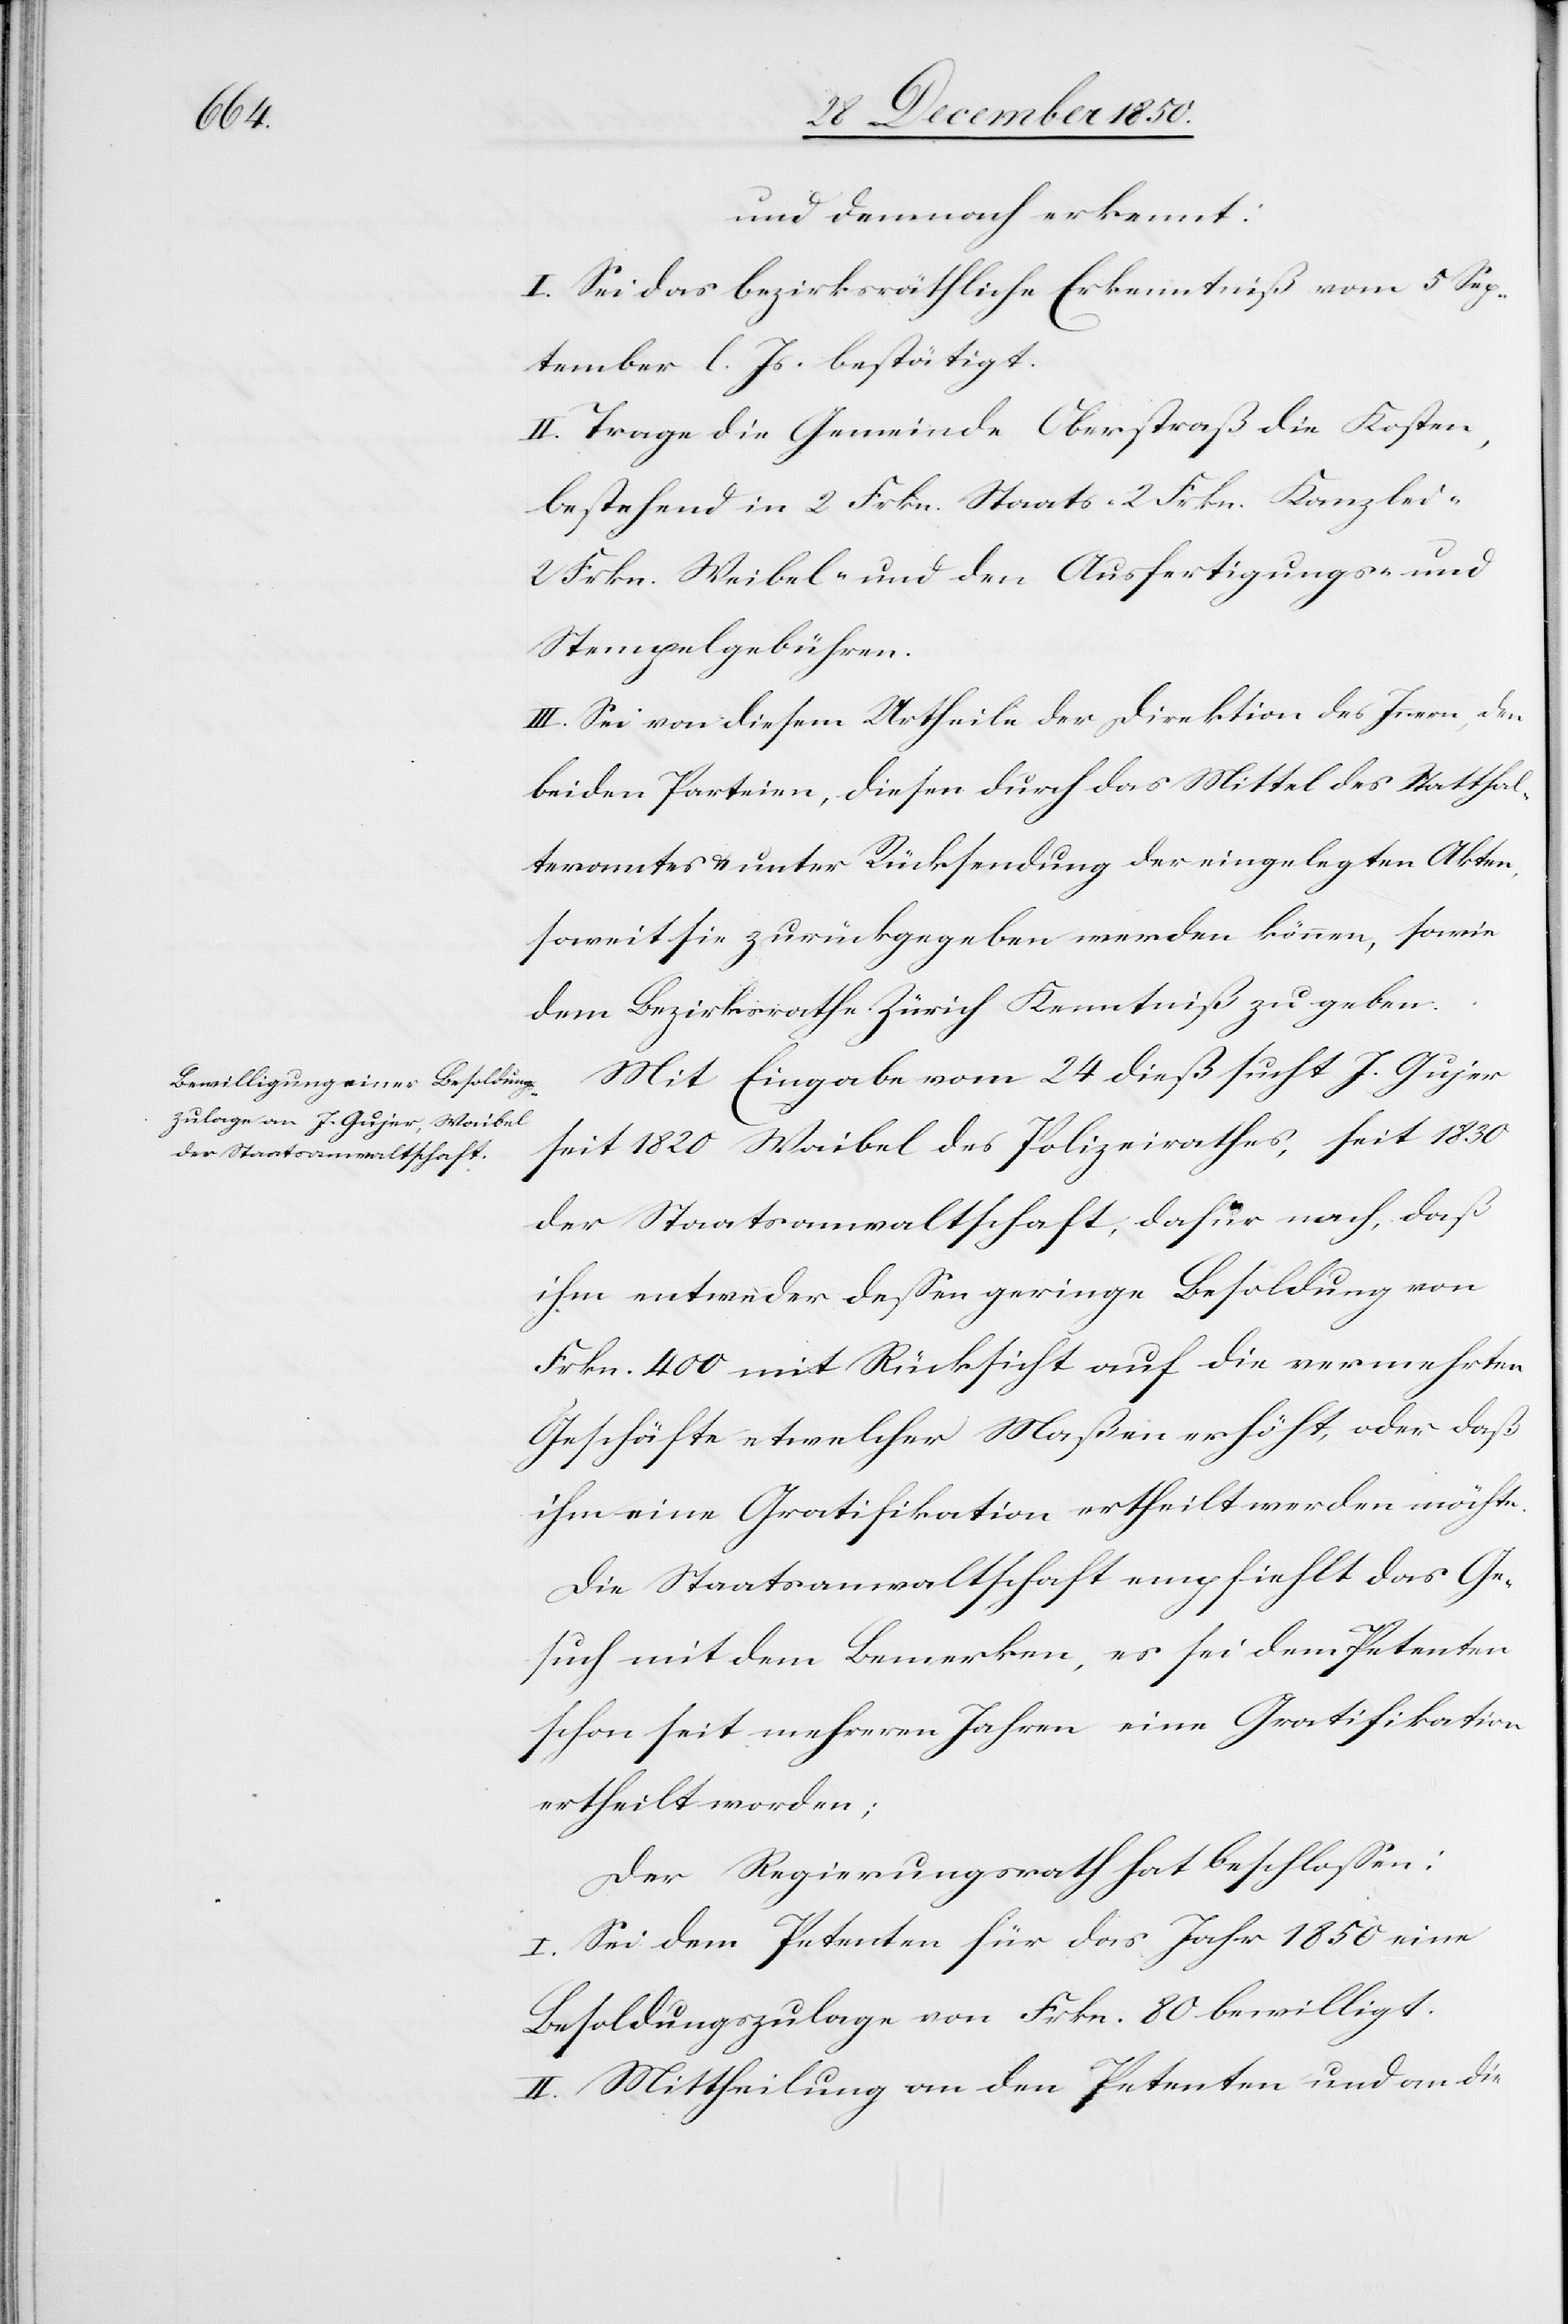
und demnach erkennt:
I. Sei das bezirksräthliche Erkenntniß vom 5 Sep¬
tember l. Js. bestätigt.
II. Trage die Gemeinde Oberstraß die Kosten,
bestehend in 2 Frkn. Staats-[,] 2 Frkn. Kanzlei-[,]
2 Frkn. Weibel- und den Ausfertigungs- und
Stempelgebühren.
III. Sei von diesem Urtheile der Direktion des Innern, den
beiden Parteien, diesen durch das Mittel des Statthal¬
teramtes u. unter Rücksendung der eingelegten Akten,
soweit sie zurückgegeben werden können, sowie
dem Bezirksrathe Zürich Kenntniß zu geben.
Mit Eingabe vom 24 dieß sucht J. Gujer
seit 1820 Waibel des Polizeirathes, seit 1830
der Staatsanwaltschaft, dafür nach, daß
ihm entweder dessen geringe Besoldung von
Frkn. 400 mit Rücksicht auf die vermehrten
Geschäfte etwelcher Maßen erhöht, oder daß
ihm eine Gratifikation ertheilt werden möchte.
Die Staatsanwaltschaft empfiehlt das Ge¬
such mit dem Bemerken, es sei dem Petenten
schon seit mehreren Jahren eine Gratifikation
ertheilt worden;
Der Regierungsrath hat beschlossen:
I. Sei dem Petenten für das Jahr 1850 eine
Besoldungszulage von Frkn. 80 bewilligt.
II. Mittheilung an den Petenten und an die